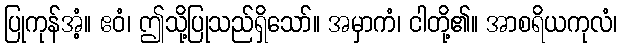
ပြုကုန်အံ့။ ဧဝံ၊ ဤသို့ပြုသည်ရှိသော်။ အမှာကံ၊ ငါတို့၏။ အာစရိယကုလံ၊